Report on the working of the Ranchi Indian Mental Hospital, Kanke, in Bihar and Orissa - 1930-1940
Year: 1930
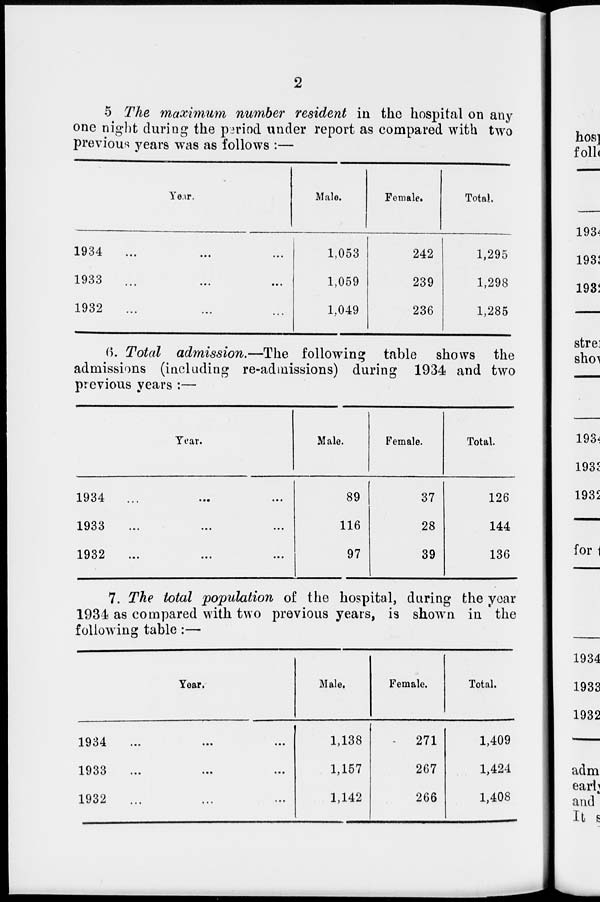
2
5 The maximum number resident in the hospital on any
one night during the period under report as compared with two
previous years was as follows :—
Year.
1934
... ... ...
1933
...
...
...
1932
... ... ...
Male.
1,053
1,059
1,049
Female.
242
239
236
Total.
1,295
1,298
1,285
6. Total admission.—The following table shows the
admissions (including re-admissions) during 1934 and two
previous years :—
Year.
1934
...
...
...
1933
...
...
...
1932
...
...
...
Male.
89
116
97
Female.
37
28
39
Total.
126
144
136
7. The total population of the hospital, during the year
1934 as compared with two previous years, is shown in the
following table :—
Year.
1934
...
...
...
1933
...
...
...
1932 ... ... ...
Male.
1,138
1,157
1,142
Female.
271
267
266
Total.
1,409
1,424
1,408